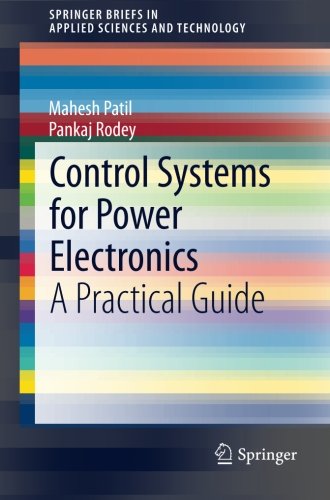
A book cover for Control Systems for Power Electronics: A Practical Guide (SpringerBriefs in Applied Sciences and Technology); Mahesh Patil; Science & Math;